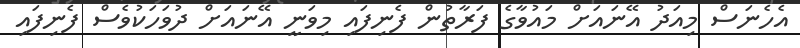
އެހެނަސް މިއަދު އޭނައަށް މައުވާގެ ފަރާތުން ފެނިފައި މިވަނީ އޭނައަށް ދުވަހަކުވެސް ފެނިފައި